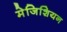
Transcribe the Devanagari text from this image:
मेजिशियन